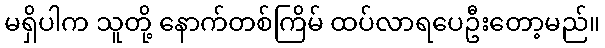
မရှိပါက သူတို့ နောက်တစ်ကြိမ် ထပ်လာရပေဦးတော့မည်။